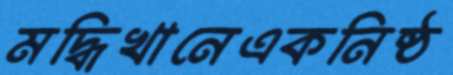
মদ্ধিখানেএকনিষ্ঠ